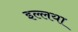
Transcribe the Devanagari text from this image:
इल्लया